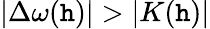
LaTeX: |\Delta\omega(\mathtt{h})|>|K(\mathtt{h})|